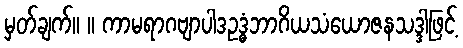
မှတ်ချက်။ ။ ကာမရာဂဗျာပါဒဥဒ္ဓံဘာဂိယသံယောဇနသဒ္ဒါဖြင့်